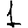
Digit: 1